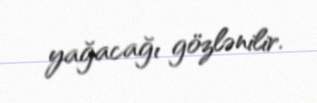
yağacağı gözlənilir.